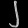
Digit: ၂